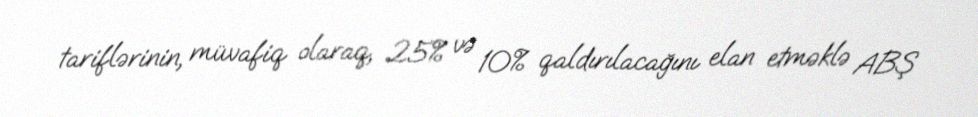
tariflərinin, müvafiq olaraq, 25% və 10% qaldırılacağını elan etməklə ABŞ